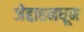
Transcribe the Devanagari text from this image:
जेद्दाहमधून